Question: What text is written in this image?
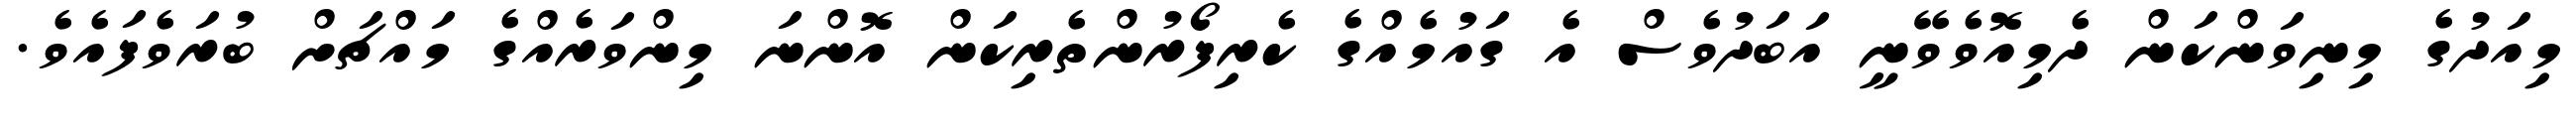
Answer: މިއަދުގެ މިނިވަންކަން ދެމިއޮވެވޭނީ އަބަދުވެސް އެ ގައުމެއްގެ ކެރިފޯރުންތެރިކަން އޮންނަ މިންވަރެއްގެ މައްޗަށް ބުރަވެފައެވެ.